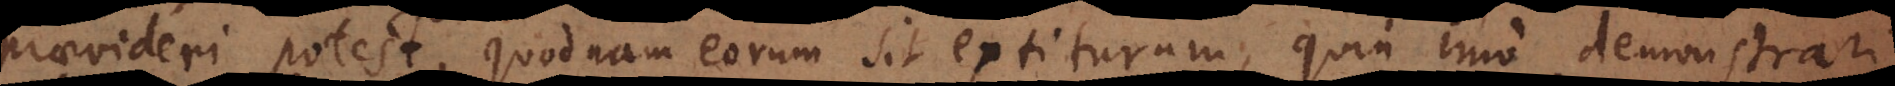
praevideri potest, quodnam eorum sit extiturum, quin imo demonstrari